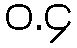
ဝ.၄